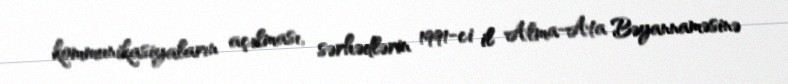
kommunikasiyaların açılması, sərhədlərin 1991-ci il Alma-Ata Bəyannaməsinə